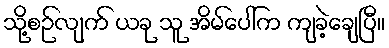
သို့စဉ်လျက် ယခု သူ အိမ်ပေါ်က ကျခဲ့ချေပြီ။